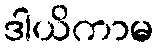
ဒါယိကာမ